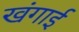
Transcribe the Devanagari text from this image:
खंगाई